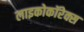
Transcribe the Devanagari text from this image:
लाइकोकॉरेक्स